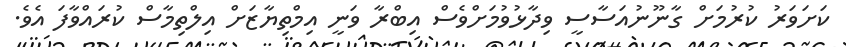
ކަށަވަރު ކުރުމަށް ގާނޫނުއަސާސީ ވިދާޅުވުމަށްވެސް އިބްރާ ވަނީ އިމްތިޔާޒަށް އިލްތިމާސް ކުރައްވާފަ އެވެ.